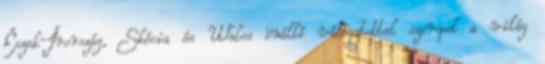
Észak-Írország, Skócia és Wales önálló válogatottal szerepel a világ